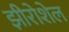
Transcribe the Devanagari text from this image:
झीरोशेल